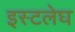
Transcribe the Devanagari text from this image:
इस्टलेघ